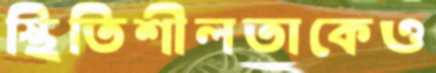
স্থিতিশীলতাকেও